Lunatic asylums United Prov. 1922-30 - 1922-1930
Year: 1922
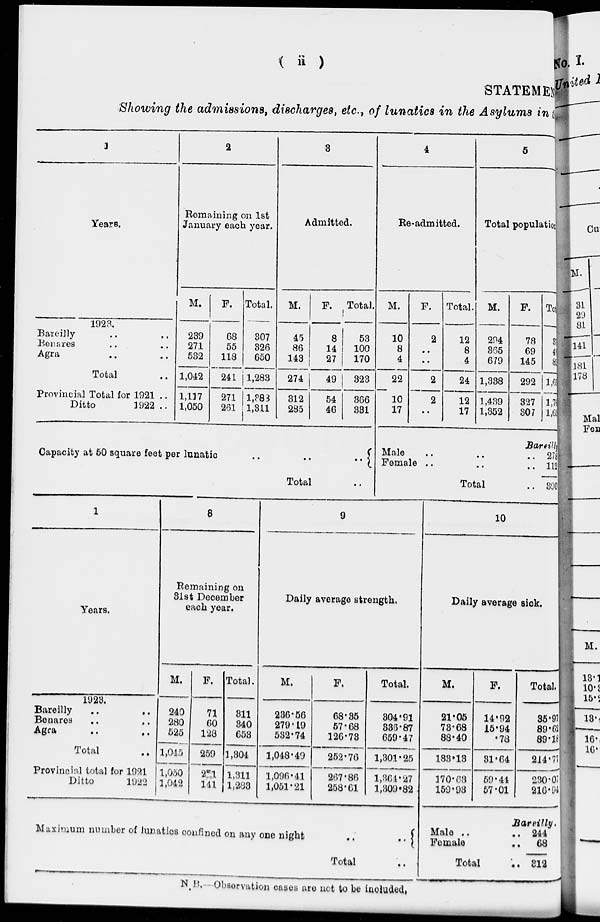
( ii )
STATEMENT
Showing the admissions, discharges, etc., of lunatics in the Asylums in
1
Years.
1923.
Bareilly .. ..
Benares .. ..
Agra .. ..
Total ..
Provincial Total for 1921 ..
Ditto
1922
..
2
Remaining on 1st
January each year.
M.
239
271
532
1,042
1,117
1,050
F.
68
55
118
241
271
261
Total.
307
326
650
1,283
1,383
1,311
3
Admitted.
M.
45
86
143
274
312
285
F.
8
14
27
49
54
46
Total.
53
100
170
323
366
331
4
Re-admitted.
M.
10
8
4
22
10
17
F.
2
..
..
2
2
..
Total.
12
8
4
24
12
17
5
Total population
M.
294
365
679
1,338
1,439
1,352
F.
78
69
145
292
327
307
Total.
372
434
824
1,630
l,766
1,659
Capacity at 50 square feet per lunatic .. ..
Total ..
Bareilly
Male .. .. ..
Female .. .. ..
Total ..
278
112
390
1
Years.
1923.
Bareilly ..
..
Benares .. ..
Agra .. ..
Total ..
Provincial total for 1921
Ditto
1922
8
Remaining on
31st December
each year.
M.
240
280
525
1,045
1,050
1,042
F.
71
60
128
259
261
141
Total.
311
340
653
1,304
1,311
1,283
9
Daily average strength.
M.
236.56
279.19
532.74
1,048.49
1,096.41
1,051.21
F.
68.35
57.68
126.73
252.76
267.86
258.61
Total.
304.91
336.87
659.47
1,301.25
1,364.27
1,309.82
10
Daily average sick.
M.
21.05
73.68
88.40
183.13
170.63
159.93
F.
14.92
15.94
0.78
31.64
59.44
57.01
Total.
85.97
89.62
89.18
214.77
230.07
216.94
Maximum number of lunatics confined on any one night .. ..
Total ..
Bareilly
Male .. ..
Female ..
Total ..
244
68
312
N.B.— Observation cases are not to be included.